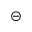
\circleddash